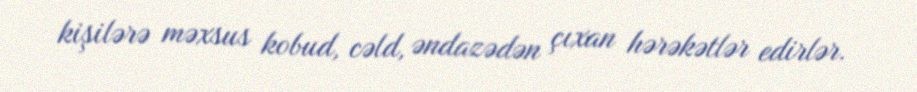
kişilərə məxsus kobud, cəld, əndazədən çıxan hərəkətlər edirlər.